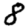
Digit: 8